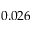
0 . 0 2 6